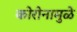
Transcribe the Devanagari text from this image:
कोरोनामुळे